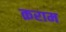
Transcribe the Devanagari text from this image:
क़राम